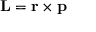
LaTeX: \mathbf { L } = \mathbf { r } \times \mathbf { p }